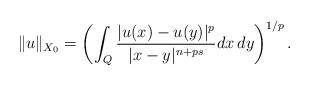
LaTeX: \begin{align*}\|u\|_{X_0} = \left(\int_Q\frac{ |u(x)-u(y)|^{p}}{|x-y|^{n+ps}}dx\,dy\right)^{1/p}.\end{align*}